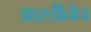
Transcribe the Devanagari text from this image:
आरतीनेच